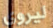
ليروي